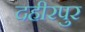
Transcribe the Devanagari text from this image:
दहीरपुर